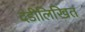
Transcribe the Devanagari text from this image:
दंडीलिखित